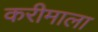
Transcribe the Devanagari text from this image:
करीमाला